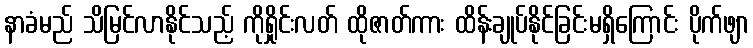
နာခံမည် သိမြင်လာနိုင်သည့် ကိုရှိုင်းလတ် ထိုဇာတ်ကား ထိန်းချုပ်နိုင်ခြင်းမရှိကြောင်း ပိုက်ဖျာ